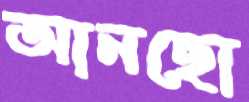
আনছো